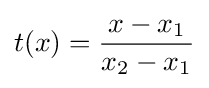
t(x)={\frac {x-x_{1}}{x_{2}-x_{1}}}